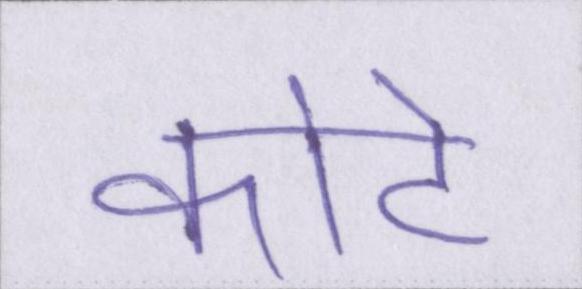
कोटे